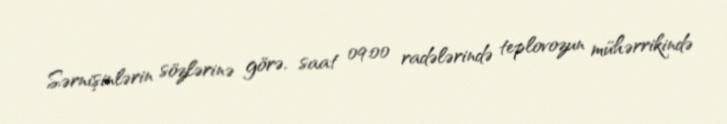
Sərnişinlərin sözlərinə görə, saat 09:00 radələrində teplovozun mühərrikində